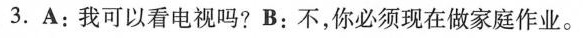
3.A:我可以看电视吗?B:不,你必须现在做家庭作业。